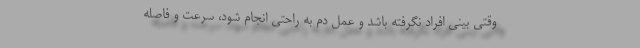
وقتی بینی افراد نگرفته باشد و عمل دم به راحتی انجام شود، سرعت و فاصله